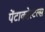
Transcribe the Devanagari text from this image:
पेंटाकोस्टल्स